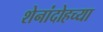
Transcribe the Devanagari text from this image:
शेनांदोहच्या